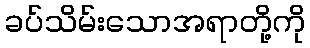
ခပ်သိမ်းသောအရာတို့ကို